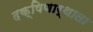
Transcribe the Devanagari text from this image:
दक्षिणार्थाला